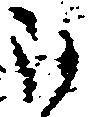
被